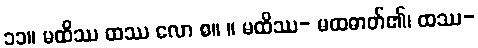
၁၁။ မထိဿ ထဿ လော စ။ ။ မထိဿ- မထဓာတ်၏၊ ထဿ-